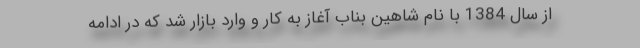
از سال 1384 با نام شاهين بناب آغاز به كار و وارد بازار شد كه در ادامه